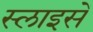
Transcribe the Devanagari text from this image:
स्लाइसें